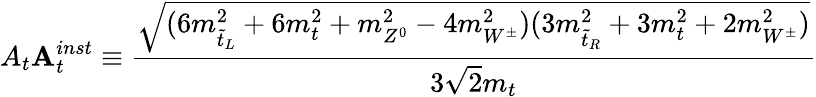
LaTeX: A_{t}\le A_{t}^{inst}\equiv\frac{\sqrt{(6m_{\tilde{t}_{L}}^{2}+6m_{t}^{2}+m_{Z^{0}}^{2}-4m_{W^{\pm}}^{2})(3m_{\tilde{t}_{R}}^{2}+3m_{t}^{2}+2m_{W^{\pm}}^{2})}}{3\sqrt{2}m_{t}}